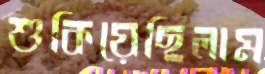
শুকিয়েছিলাম